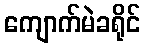
ကျောက်မဲခရိုင်